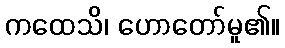
ကထေသိ၊ ဟောတော်မူ၏။